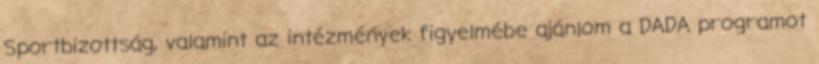
Sportbizottság, valamint az intézmények figyelmébe ajánlom a DADA programot